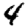
Digit: 4